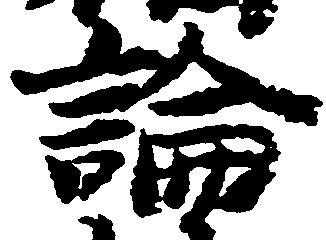
論